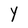
Character: y